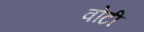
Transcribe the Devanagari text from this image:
वोटी